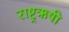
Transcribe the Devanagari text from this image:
राष्ट्रऋषी